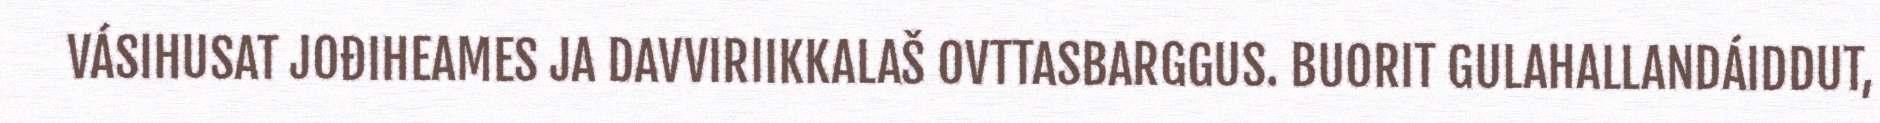
VÁSIHUSAT JOĐIHEAMES JA DAVVIRIIKKALAŠ OVTTASBARGGUS. BUORIT GULAHALLANDÁIDDUT,